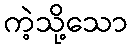
ကဲ့သို့သော